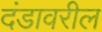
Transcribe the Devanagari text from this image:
दंडावरील